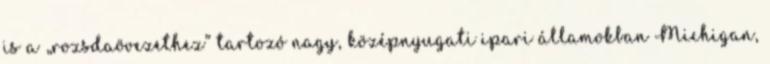
is a „rozsdaövezethez” tartozó nagy, középnyugati ipari államokban Michigan,